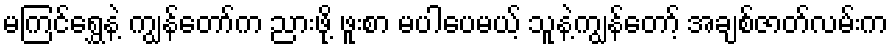
မကြင်ရွှေနဲ့ ကျွန်တော်က ညားဖို့ ဖူးစာ မပါပေမယ့် သူနဲ့ကျွန်တော့် အချစ်ဇာတ်လမ်းက